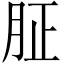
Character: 𦙫